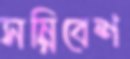
সন্নিবেশ